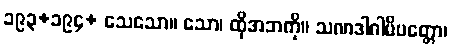
၁၉၃+၁၉၄+ သေသော။ သော၊ ထိုအဘကို။ သဏဒါဂါမိပတ္တော၊